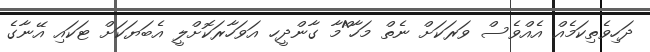
ދަހިވެތިކަމެެއް އެއްވެސް ވަރަކަށް ނެތް މަހާ^ްމާ ގާންދީހ އަވަހާރަކޮށްލީ އެބަޔަކަށް ޓަކައި އޭނާގެ